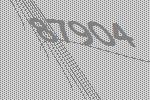
87904